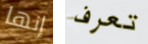
إنها تعرف